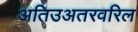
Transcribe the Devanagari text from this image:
अतिउअतरवरिल